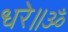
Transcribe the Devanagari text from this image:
धरे॥ॐ